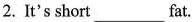
2. It's short___fat.